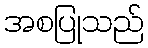
အစပြုသည်